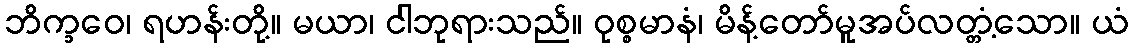
ဘိက္ခဝေ၊ ရဟန်းတို့။ မယာ၊ ငါဘုရားသည်။ ဝုစ္စမာနံ၊ မိန့်တော်မူအပ်လတ္တံ့သော။ ယံ